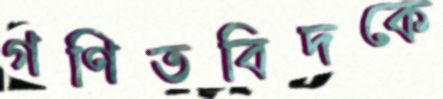
গণিতবিদকে